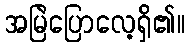
အမြဲပြောလေ့ရှိ၏။